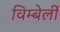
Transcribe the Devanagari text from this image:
विम्बेर्ली